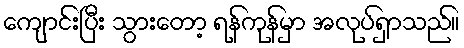
ကျောင်းပြီး သွားတော့ ရန်ကုန်မှာ အလုပ်ရှာသည်။